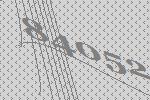
84052